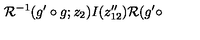
{ \cal R } ^ { - 1 } ( g ^ { \prime } \circ g ; z _ { 2 } ) I ( z _ { 1 2 } ^ { \prime \prime } ) { \cal R } ( g ^ { \prime } \circ